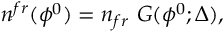
n ^ { f r } ( \phi ^ { 0 } ) = n _ { f r } ~ G ( \phi ^ { 0 } ; \Delta ) ,